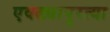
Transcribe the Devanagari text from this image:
एवढ्यापुरत्या